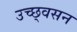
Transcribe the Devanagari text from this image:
उच्छ्वसन